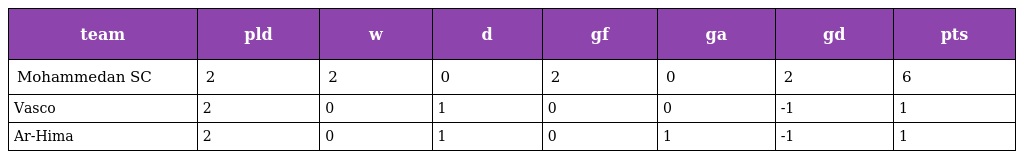
| team | pld | w | d | gf | ga | gd | pts |
 | --- | --- | --- | --- | --- | --- | --- | --- |
 | Mohammedan SC | 2 | 2 | 0 | 2 | 0 | 2 | 6 |
 | Vasco | 2 | 0 | 1 | 0 | 0 | -1 | 1 |
 | Ar-Hima | 2 | 0 | 1 | 0 | 1 | -1 | 1 |